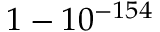
1 - 1 0 ^ { - 1 5 4 }